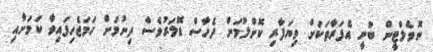
ނޮވެލްޓީން ބުނީ އެފަރާތަކަށް ވިޔަފާރި ކޮށްލުމަށް ދެހާސް ޑޮލަރުވެސް ދިނުމަށް ހަމަޖެހިފައިވާ ކަމަށާއި